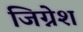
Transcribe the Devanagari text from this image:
जिग्नेश